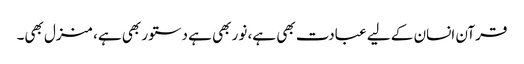
قرآن انسان کے لیے عبادت بھی ہے، نور بھی ہے دستور بھی ہے، منزل بھی۔